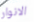
الانوار